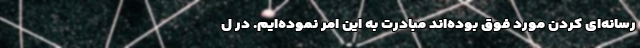
رسانه‌ای کردن مورد فوق بوده‌اند مبادرت به این امر نموده‌ایم. در ل